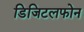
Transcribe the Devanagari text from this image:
डिजिटलफोन